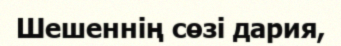
Шешеннің сөзі дария,